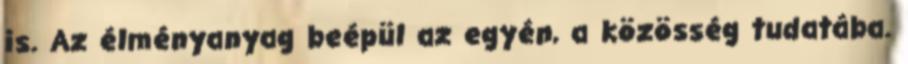
is. Az élményanyag beépül az egyén, a közösség tudatába.